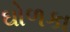
ઘોળકા